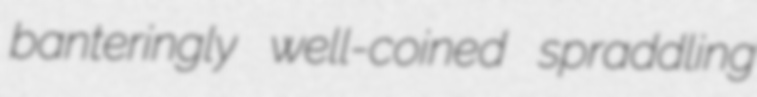
banteringly well-coined spraddling